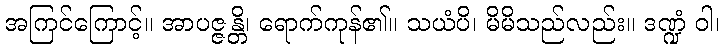
အကြင်ကြောင့်။ အာပဇ္ဇန္တိ၊ ရောက်ကုန်၏။ သယံပိ၊ မိမိသည်လည်း။ ဒဏ္ဍံ ဝါ၊